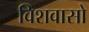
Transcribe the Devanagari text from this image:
विशवासो